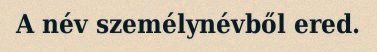
A név személynévből ered.